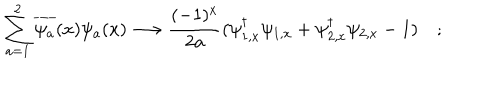
\sum _ { a = 1 } ^ { 2 } \overline { { { \psi _ { a } } } } ( x ) \psi _ { a } ( x ) \longrightarrow \frac { ( - 1 ) ^ { x } } { 2 a } ( \psi _ { 1 , x } ^ { \dagger } \psi _ { 1 , x } + \psi _ { 2 , x } ^ { \dagger } \psi _ { 2 , x } - 1 ) \quad ;